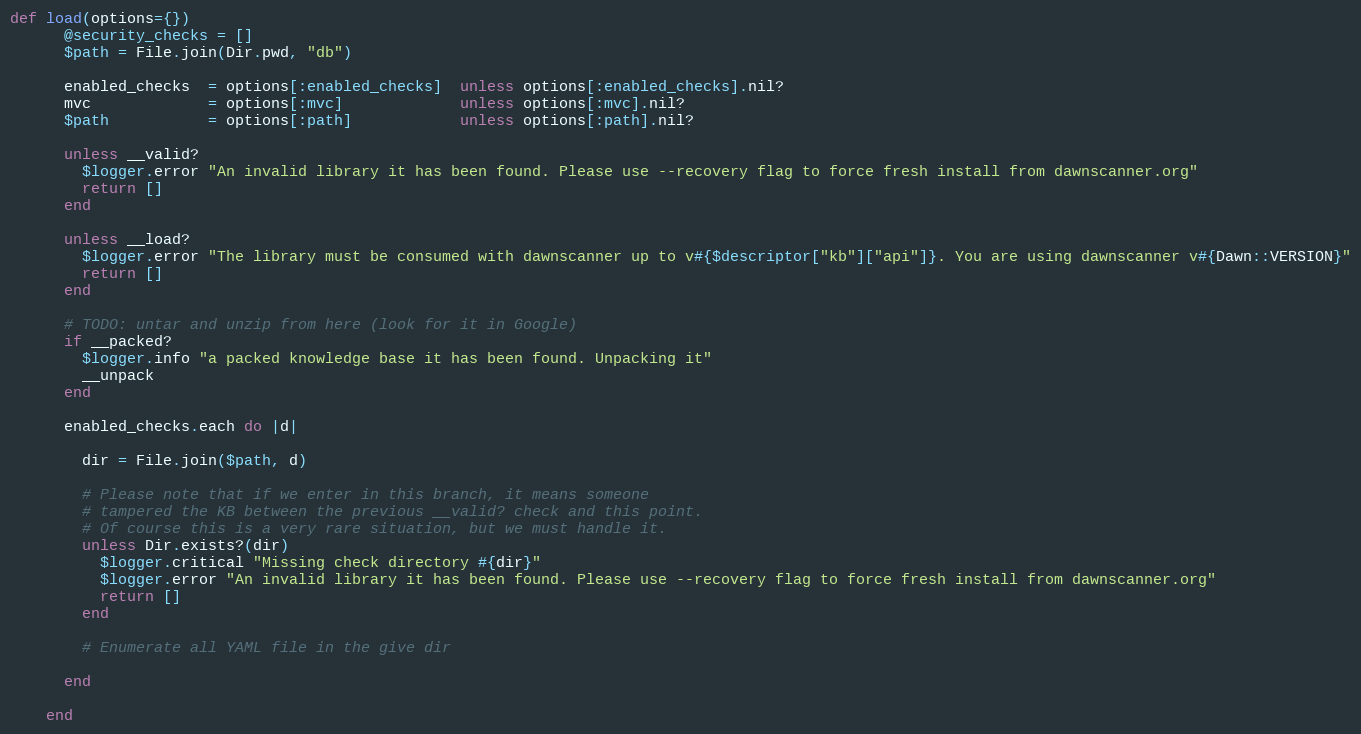
Language: Ruby
def load(options={})
      @security_checks = []
      $path = File.join(Dir.pwd, "db")

      enabled_checks  = options[:enabled_checks]  unless options[:enabled_checks].nil?
      mvc             = options[:mvc]             unless options[:mvc].nil?
      $path           = options[:path]            unless options[:path].nil?

      unless __valid?
        $logger.error "An invalid library it has been found. Please use --recovery flag to force fresh install from dawnscanner.org"
        return []
      end

      unless __load?
        $logger.error "The library must be consumed with dawnscanner up to v#{$descriptor["kb"]["api"]}. You are using dawnscanner v#{Dawn::VERSION}"
        return []
      end

      # TODO: untar and unzip from here (look for it in Google)
      if __packed?
        $logger.info "a packed knowledge base it has been found. Unpacking it"
        __unpack
      end

      enabled_checks.each do |d|

        dir = File.join($path, d)

        # Please note that if we enter in this branch, it means someone
        # tampered the KB between the previous __valid? check and this point.
        # Of course this is a very rare situation, but we must handle it.
        unless Dir.exists?(dir)
          $logger.critical "Missing check directory #{dir}"
          $logger.error "An invalid library it has been found. Please use --recovery flag to force fresh install from dawnscanner.org"
          return []
        end

        # Enumerate all YAML file in the give dir

      end

    end